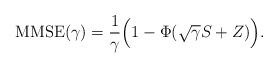
LaTeX: \begin{align*} {\rm MMSE}(\gamma) = \frac{1}{\gamma} \Big( 1 - \Phi(\sqrt{\gamma}S + Z) \Big). \end{align*}